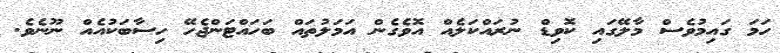
ހަމަ ގައިމުވެސް މާލޭގައި ކޮވިޑް ނުރައްކަލެއް އޮވެގެން އަމަލުތައް ބަހައްޓަންޖެހޭ ހިސާބަކުއެއް ނޫނެވެ.